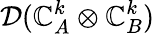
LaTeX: \mathcal{D}(\mathbb{C}_{A}^{k}\otimes\mathbb{C}_{B}^{k})